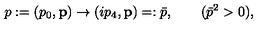
p : = ( p _ { 0 } , { \bf p } ) \rightarrow ( i p _ { 4 } , { \bf p } ) = : \bar { p } , \qquad ( \bar { p } ^ { 2 } > 0 ) ,